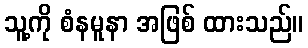
သူ့ကို စံနမူနာ အဖြစ် ထားသည်။